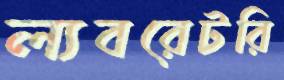
ল্যবরেটরি